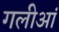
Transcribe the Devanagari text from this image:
गलीआं